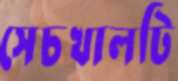
সেচখালটি